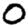
Digit: 0